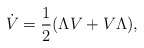
\begin{align*}\dot V=\frac{1}{2}(\Lambda V+V \Lambda), \end{align*}